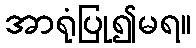
အာရုံပြု၍မရ။